画像に写った文字を読んでください
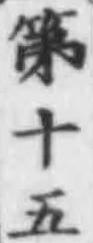
「第十五」と書いてあります